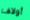
أولاف